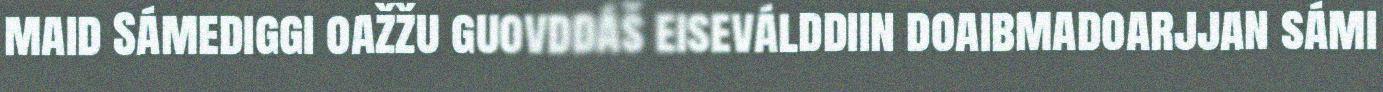
maid Sámediggi oažžu guovddáš eiseválddiin doaibmadoarjjan sámi